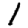
Digit: 1